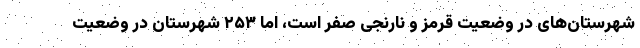
شهرستان‌های در وضعیت قرمز و نارنجی صفر است، اما ۲۵۳ شهرستان در وضعیت